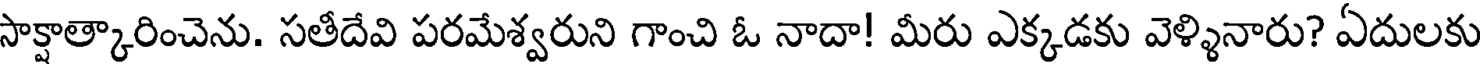
సాక్షాత్కారించెను. సతీదేవి పరమేశ్వరుని గాంచి ఓ నాదా! మీరు ఎక్కడకు వెళ్ళినారు? ఏదులకు